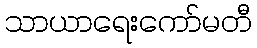
သာယာရေးကော်မတီ